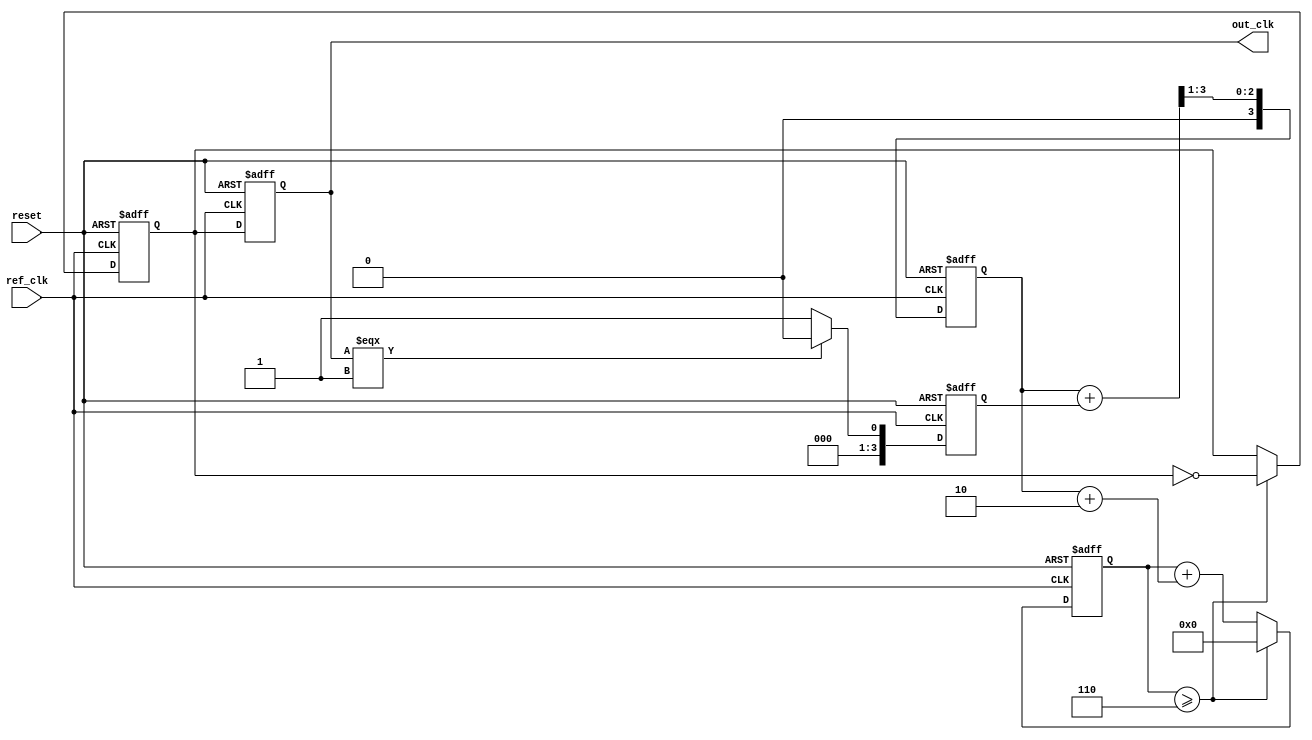
module pll (
    input wire ref_clk,       // Reference clock input
    input wire reset,         // Reset signal
    output reg out_clk        // Output clock signal
);

    // Parameters
    parameter PHASE_OFFSET = 2; // Used to define a fixed phase adjustment
    parameter CYCLE_COUNT = 6;   // Example cycle counts for delay counting

    // Internal Signals
    reg [3:0] phase_error;       // Phase error output from PD
    reg [3:0] filtered_error;     // Filtered error signal
    reg vco_out;                  // VCO output signal
    reg [3:0] counter;            // Counter for generating output clock

    // Phase Detector (PD) Logic
    always @(posedge ref_clk or posedge reset) begin
        if (reset) begin
            phase_error <= 0;
        end else begin
            // Simple phase comparison logic (simulated)
            // In an actual design, this would be more complex
            phase_error <= (out_clk === 1'b1) ? 4'd0 : 4'd1; // Dummy logic
        end
    end

    // Loop Filter Logic
    always @(posedge ref_clk or posedge reset) begin
        if (reset) begin
            filtered_error <= 0;
        end else begin
            // Simple first-order low-pass filter (moving average)
            filtered_error <= (filtered_error + phase_error) >> 1;
        end
    end

    // Voltage-Controlled Oscillator (VCO) Logic
    always @(posedge ref_clk or posedge reset) begin
        if (reset) begin
            vco_out <= 0;
            out_clk <= 0;
            counter <= 0;
        end else begin
            // Simple VCO simulation based on filtered error
            counter <= counter + (filtered_error + PHASE_OFFSET);
            if (counter >= CYCLE_COUNT) begin
                vco_out <= ~vco_out; // Toggle VCO output
                counter <= 0;        // Reset counter
            end
            out_clk <= vco_out;     // Output clock from VCO
        end
    end

endmodule